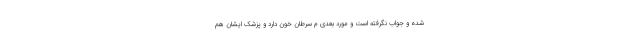
شده و جواب نگرفته است و مورد بعدی م سرطان خون دارد و پزشک ایشان هم